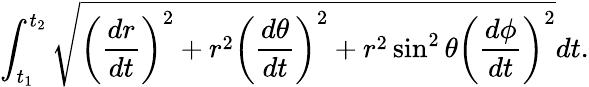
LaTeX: \int_{t_{1}}^{t_{2}}{\sqrt{\left({\frac{dr}{dt}}\right)^{2}+r^{2}\left({\frac{d\theta}{dt}}\right)^{2}+r^{2}\sin^{2}\theta\left({\frac{d\phi}{dt}}\right)^{2}}}dt.